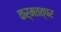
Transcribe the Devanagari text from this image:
कर्मतत्पर